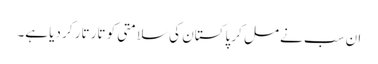
ان سب نے مل کر پاکستان کی سلامتی کو تار تار کر دیا ہے۔